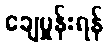
ချေမှုန်းရန်